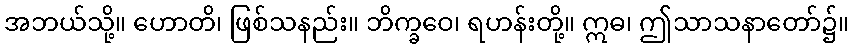
အဘယ်သို့။ ဟောတိ၊ ဖြစ်သနည်း။ ဘိက္ခဝေ၊ ရဟန်းတို့။ ဣဓ၊ ဤသာသနာတော်၌။